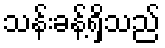
သန်းခန့်ရှိသည်